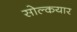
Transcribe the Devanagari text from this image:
सोल्कयार